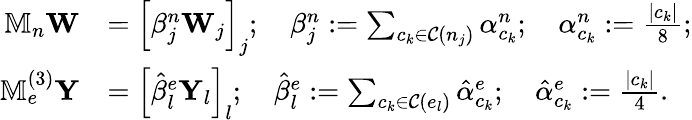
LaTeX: \begin{array}{rl}{\mathbb{M}_{n}\mathbf{W}}&{=\left[\beta_{j}^{n}\mathbf{W}_{j}\right]_{j};\quad\beta_{j}^{n}:=\sum_{c_{k}\in\mathcal{C}(n_{j})}\alpha_{c_{k}}^{n};\quad\alpha_{c_{k}}^{n}:=\frac{|c_{k}|}{8};}\\ {\mathbb{M}_{e}^{(3)}\mathbf{Y}}&{={\Big[}\hat{\beta}_{l}^{e}\mathbf{Y}_{l}{\Big]}_{l};\quad\hat{\beta}_{l}^{e}:=\sum_{c_{k}\in\mathcal{C}(e_{l})}\hat{\alpha}_{c_{k}}^{e};\quad\hat{\alpha}_{c_{k}}^{e}:=\frac{|c_{k}|}{4}.}\end{array}